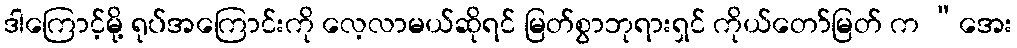
ဒါကြောင့်မို့ ရုပ်အကြောင်းကို လေ့လာမယ်ဆိုရင် မြတ်စွာဘုရားရှင် ကိုယ်တော်မြတ် က “အေး